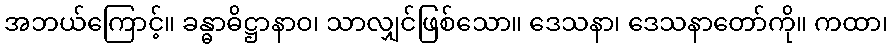
အဘယ်ကြောင့်။ ခန္ဓာဓိဋ္ဌာနာဝ၊ သာလျှင်ဖြစ်သော။ ဒေသနာ၊ ဒေသနာတော်ကို။ ကထာ၊